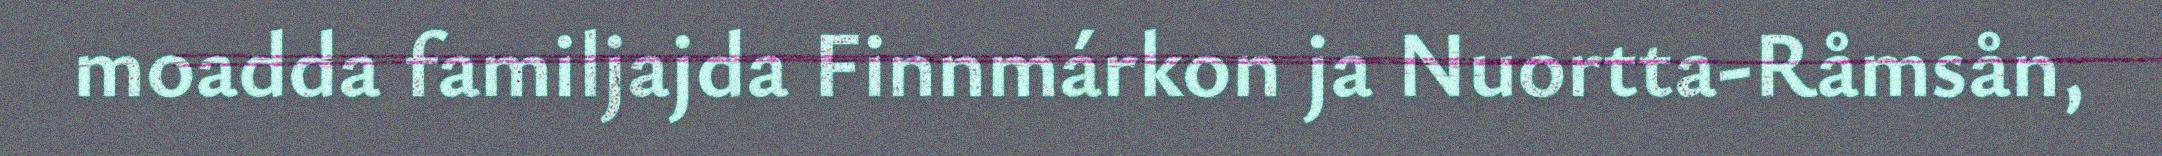
moadda familjajda Finnmárkon ja Nuortta-Råmsån,